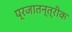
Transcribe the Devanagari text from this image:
प्रजातन्त्रीक